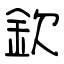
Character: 欽